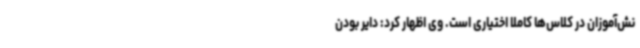
نش‌آموزان در کلاس‌ها کاملاً اختیاری است. وی اظهار کرد: دایر بودن